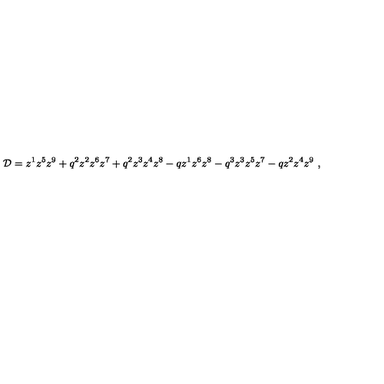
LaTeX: { \cal D } = z ^ { 1 } z ^ { 5 } z ^ { 9 } + q ^ { 2 } z ^ { 2 } z ^ { 6 } z ^ { 7 } + q ^ { 2 } z ^ { 3 } z ^ { 4 } z ^ { 8 } - q z ^ { 1 } z ^ { 6 } z ^ { 8 } - q ^ { 3 } z ^ { 3 } z ^ { 5 } z ^ { 7 } - q z ^ { 2 } z ^ { 4 } z ^ { 9 } \ ,